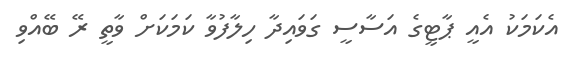
އެކަމަކު އެއީ ޕާޓީގެ އަސާސީ ގަވައިދާ ހިލާފުވާ ކަމަކަށް ވާތީ ރޭ ބޭއްވި